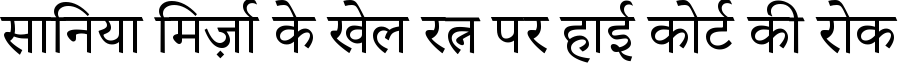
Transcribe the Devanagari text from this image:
सानिया मिर्ज़ा के खेल रत्न पर हाई कोर्ट की रोक